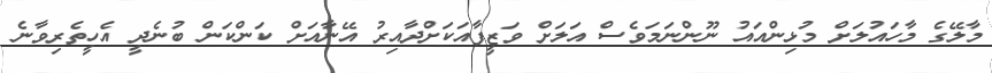
މާލޭގެ މާހައުލަށް މުޅިންއައު ނޫންނަމަވެސް އަލަށް ވަޒީފާއަކަށްދާއިރު އޭނާއަށް ކަންކަން ބުނެދީ އެހީތެރިވާނެ